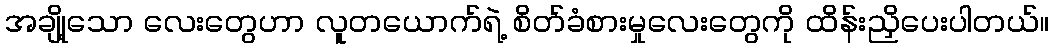
အချို့သော လေးတွေဟာ လူတယောက်ရဲ့ စိတ်ခံစားမှုလေးတွေကို ထိန်းညှိပေးပါတယ်။